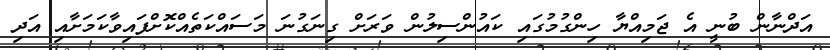
އަދްނާން ބުނީ އެ ޖަމިއްޔާ ހިންގުމުގައި ކައުންސިލުން ވަރަށް ގިނަގުނަ މަސައްކަތެއްކޮށްފައިވާކަމަށާއި އަދި